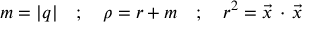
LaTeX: m = | q | \quad ; \quad \rho = r + m \quad ; \quad r ^ { 2 } = { \vec { x } } \, \cdot \, { \vec { x } }